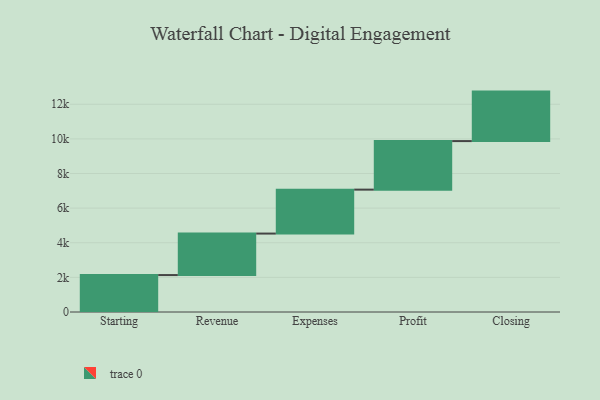
{"axis": {"x": "Step", "y": "Value"}, "legend": [""], "data": [{"x": "Starting", "y": 2134.0, "type": ""}, {"x": "Revenue", "y": 2397.0, "type": ""}, {"x": "Expenses", "y": 2538.0, "type": ""}, {"x": "Profit", "y": 2804.0, "type": ""}, {"x": "Closing", "y": 2859.0, "type": ""}]}